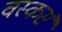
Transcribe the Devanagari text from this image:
वस्कर्स